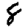
Digit: 8